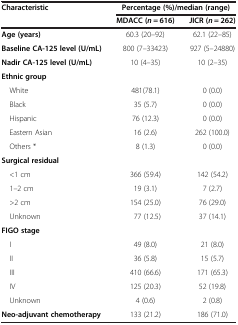
<table><thead><tr><td rowspan="2"><b>Characteristic</b></td><td colspan="2"><b>Percentage (%)/median (range)</b></td></tr><tr><td><b>MDACC (<i>n</i> = 616)</b></td><td><b>JICR (<i>n</i> = 262)</b></td></tr></thead><tbody><tr><td><b>Age (years)</b></td><td>60.3 (20–92)</td><td>62.1 (22–85)</td></tr><tr><td><b>Baseline CA-125 level (U/mL)</b></td><td>800 (7–33423)</td><td>927 (5–24880)</td></tr><tr><td><b>Nadir CA-125 level (U/mL)</b></td><td>10 (4–35)</td><td>10 (2–35)</td></tr><tr><td colspan="3"><b>Ethnic group</b></td></tr><tr><td> White</td><td>481(78.1)</td><td>0 (0.0)</td></tr><tr><td> Black</td><td>35 (5.7)</td><td>0 (0.0)</td></tr><tr><td> Hispanic</td><td>76 (12.3)</td><td>0 (0.0)</td></tr><tr><td> Eastern Asian</td><td>16 (2.6)</td><td>262 (100.0)</td></tr><tr><td> Others *</td><td>8 (1.3)</td><td>0 (0.0)</td></tr><tr><td colspan="3"><b>Surgical residual</b></td></tr><tr><td> &lt;1 cm</td><td>366 (59.4)</td><td>142 (54.2)</td></tr><tr><td> 1–2 cm</td><td>19 (3.1)</td><td>7 (2.7)</td></tr><tr><td> &gt;2 cm</td><td>154 (25.0)</td><td>76 (29.0)</td></tr><tr><td> Unknown</td><td>77 (12.5)</td><td>37 (14.1)</td></tr><tr><td colspan="3"><b>FIGO stage</b></td></tr><tr><td> I</td><td>49 (8.0)</td><td>21 (8.0)</td></tr><tr><td> II</td><td>36 (5.8)</td><td>15 (5.7)</td></tr><tr><td> III</td><td>410 (66.6)</td><td>171 (65.3)</td></tr><tr><td> IV</td><td>125 (20.3)</td><td>52 (19.8)</td></tr><tr><td> Unknown</td><td>4 (0.6)</td><td>2 (0.8)</td></tr><tr><td><b>Neo-adjuvant chemotherapy</b></td><td>133 (21.2)</td><td>186 (71.0)</td></tr></tbody></table>